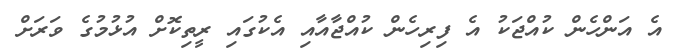
އެ އަންހެން ކުއްޖަކު އެ ފިރިހެން ކުއްޖާއާއި އެކުގައި ރީތިކޮށް އުޅުމުގެ ވަރަށް